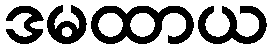
ဒမထာယ